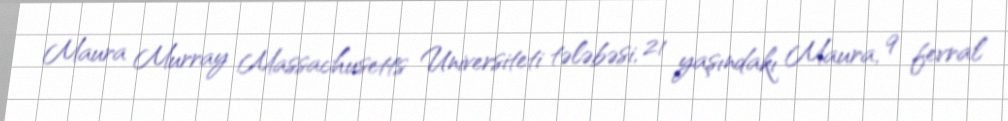
Maura Murray Massachusetts Universiteti tələbəsi, 21 yaşındakı Maura, 9 fevral